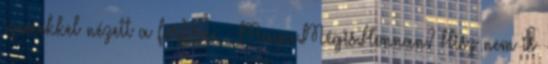
szemekkel nézett a férfira. - Maga.Mégis.Honnan? Hisz nem is